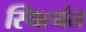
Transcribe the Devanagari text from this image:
स्थित्यंत